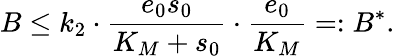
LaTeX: B\leq k_{2}\cdot\frac{e_{0}s_{0}}{K_{M}+s_{0}}\cdot\frac{e_{0}}{K_{M}}=:B^{*}.